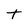
Character: t